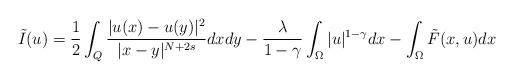
LaTeX: \begin{align*}\tilde{I}(u)=\frac{1}{2}\int_{Q}\frac{|u(x)-u(y)|^2}{|x-y|^{N+2s}}dxdy-\frac{\lambda}{1-\gamma}\int_{\Omega}|u|^{1-\gamma}dx-\int_{\Omega}\tilde{F}(x, u)dx\end{align*}